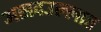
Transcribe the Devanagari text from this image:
असदउल्लाह